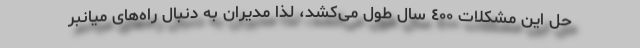
حل این مشکلات ٤٠٠ سال طول می‌کشد، لذا مدیران به دنبال راه‌های میانبر